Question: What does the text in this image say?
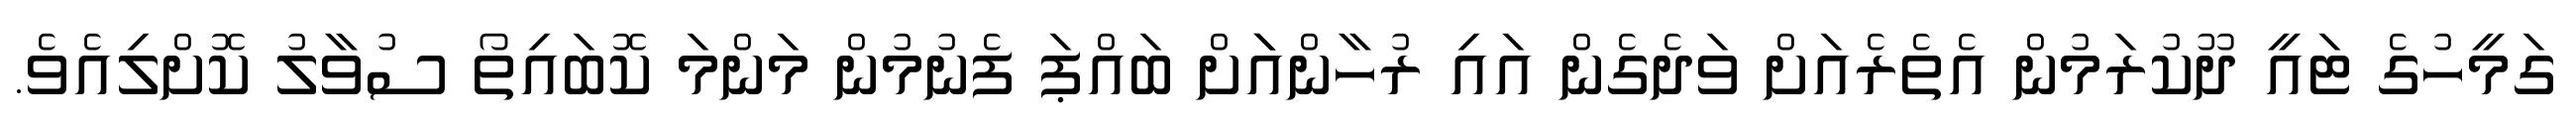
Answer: ގަމީހުގެ ޓައީ ދޫކުރަމުން އެތެރެއަށް ވަދެގެން އައި ރުހާންއަަށް ބައްޕަ ފެނުމުން މަންމަ ކޮބައިތޯ ސުވާލު ކޮށްލިއެވެ.